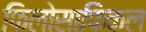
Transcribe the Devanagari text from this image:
फिलोसाफिकल